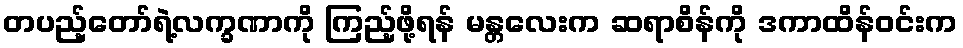
တပည့်တော်ရဲ့လက္ခဏာကို ကြည့်ဖို့ရန် မန္တလေးက ဆရာစိန်ကို ဒကာထိန်ဝင်းက